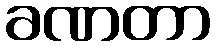
ခဏတာ